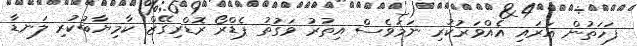
ފަހަތުން އަރައި އެއްވަރުކުރި ނަމަވެސް އިތުރު ވަގުތު ޕެޑްރޯ ރޮޑްރިގޭޒް ކާމިޔާބުކުރި ލަނޑާ